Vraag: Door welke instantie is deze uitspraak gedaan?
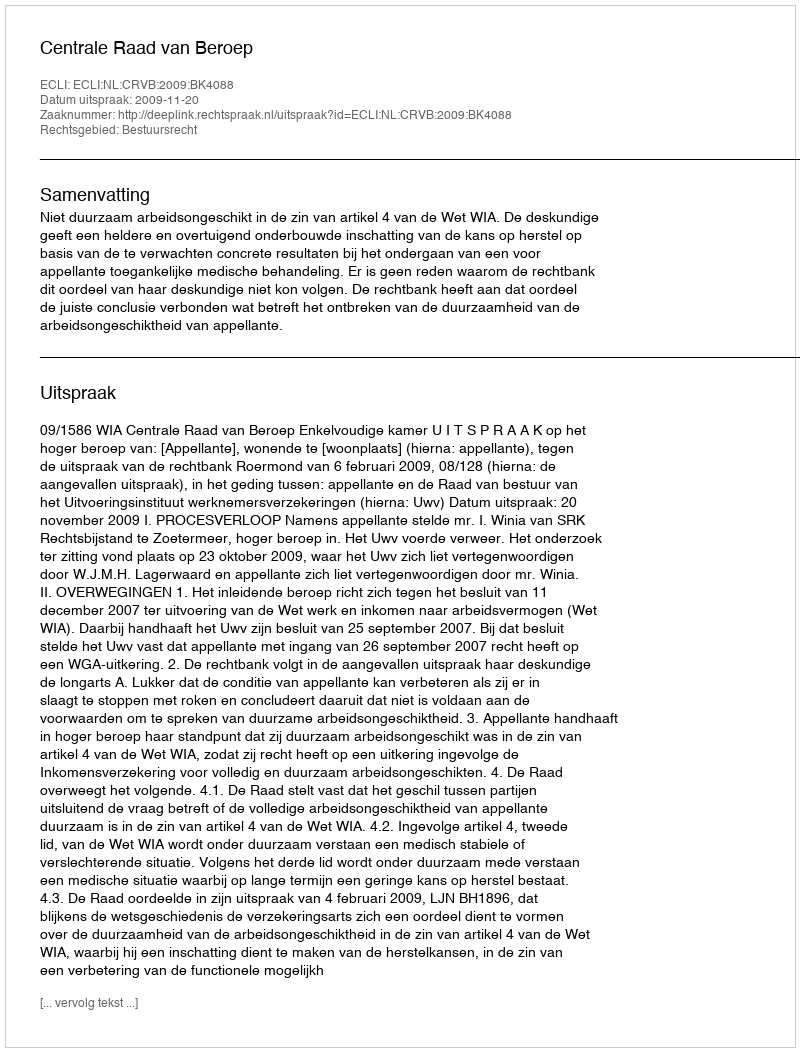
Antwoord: Centrale Raad van Beroep